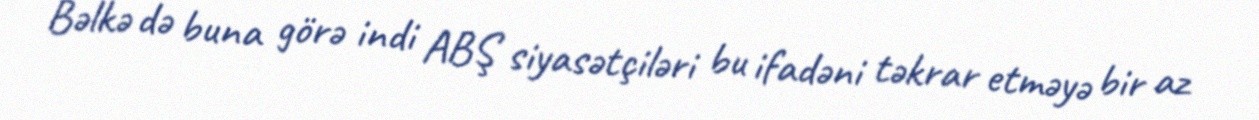
Bəlkə də buna görə indi ABŞ siyasətçiləri bu ifadəni təkrar etməyə bir az